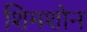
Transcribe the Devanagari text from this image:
शिमशोन